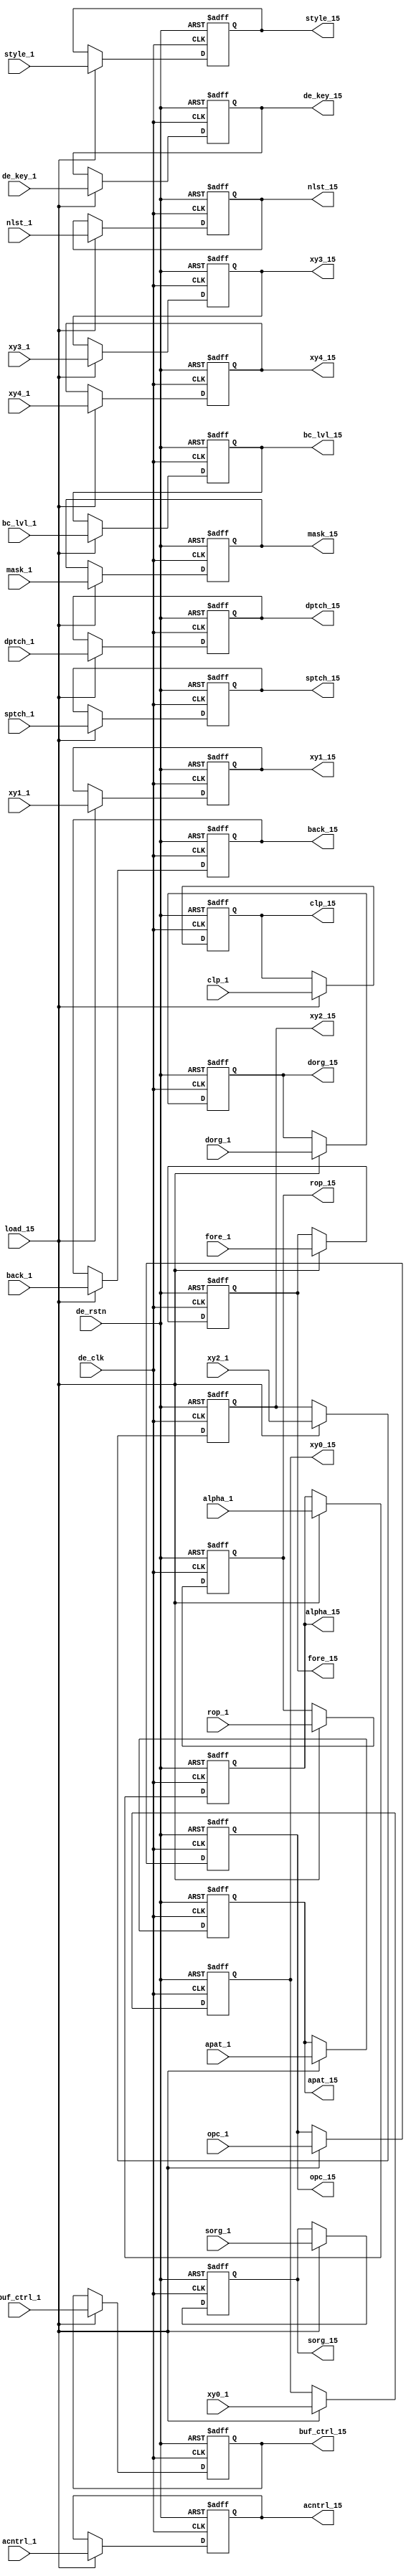
module der_reg_15
  (
   input 	     de_clk,      
		     de_rstn,     
   input 	     load_15,     
   input [12:0]      buf_ctrl_1,  
   input [31:0]      sorg_1,      
   input [31:0]      dorg_1,      
   input [11:0]      sptch_1,     
   input [11:0]      dptch_1,     
   input [3:0] 	     opc_1,       
   input [3:0] 	     rop_1,       
   input [4:0] 	     style_1,     
   input 	     nlst_1,      
   input [1:0] 	     apat_1,      
   input [2:0] 	     clp_1,       
   input [31:0]      fore_1,      
   input [31:0]      back_1,      
   input [3:0] 	     mask_1,      
   input [23:0]      de_key_1,    
   input [15:0]      alpha_1,     
   input [17:0]      acntrl_1,    
   input [1:0] 	     bc_lvl_1, 
   input [31:0]      xy0_1, 
   input [31:0]      xy1_1, 
   input [31:0]      xy2_1, 
   input [31:0]      xy3_1, 
   input [31:0]      xy4_1, 
   output reg [12:0] buf_ctrl_15, 
   output reg [31:0] sorg_15,     
   output reg [31:0] dorg_15,     
   output reg [11:0] sptch_15,    
   output reg [11:0] dptch_15,    
   output reg [3:0]  rop_15,      
   output reg [4:0]  style_15,    
   output reg 	     nlst_15,     
   output reg [1:0]  apat_15,     
   output reg [2:0]  clp_15,      
   output reg [31:0] fore_15,     
   output reg [31:0] back_15,     
   output reg [3:0]  mask_15,     
   output reg [23:0] de_key_15,   
   output reg [15:0] alpha_15,    
   output reg [17:0] acntrl_15,   
   output reg [1:0]  bc_lvl_15,
   output reg [3:0]  opc_15,      
   output reg [31:0] xy0_15, 
   output reg [31:0] xy1_15, 
   output reg [31:0] xy2_15, 
   output reg [31:0] xy3_15, 
   output reg [31:0] xy4_15  
   );
  always @(posedge de_clk or negedge de_rstn) begin
    if(!de_rstn) begin
      buf_ctrl_15  <= 13'b0;
      sorg_15      <= 32'b0;
      dorg_15      <= 32'b0;
      rop_15       <= 4'b0;
      style_15     <= 5'b0;
      nlst_15      <= 1'b0;
      apat_15      <= 2'b0;
      clp_15       <= 3'b0;
      bc_lvl_15    <= 2'b0;
      sptch_15     <= 12'b0;
      dptch_15     <= 12'b0;
      fore_15      <= 32'b0;
      back_15      <= 32'b0;
      mask_15      <= 4'b0;
      de_key_15    <= 24'b0;
      alpha_15     <= 16'b0;
      acntrl_15    <= 18'b0;
      opc_15       <= 4'b0;
      xy0_15	   <= 32'h0;
      xy1_15	   <= 32'h0;
      xy2_15	   <= 32'h0;
      xy3_15	   <= 32'h0;
      xy4_15	   <= 32'h0;
    end else if (load_15) begin
      buf_ctrl_15  <= buf_ctrl_1;
      sorg_15      <= sorg_1;
      dorg_15      <= dorg_1;
      rop_15       <= rop_1;
      style_15     <= style_1;
      nlst_15      <= nlst_1;
      apat_15      <= apat_1;
      clp_15       <= clp_1;
      bc_lvl_15    <= bc_lvl_1;
      sptch_15     <= sptch_1;
      dptch_15     <= dptch_1;
      fore_15      <= fore_1; 
      back_15      <= back_1;
      mask_15      <= mask_1;
      de_key_15    <= de_key_1;
      alpha_15     <= alpha_1;
      acntrl_15    <= acntrl_1;
      opc_15       <= opc_1;
      xy0_15	   <= xy0_1;  
      xy1_15	   <= xy1_1;  
      xy2_15	   <= xy2_1;  
      xy3_15	   <= xy3_1;  
      xy4_15	   <= xy4_1; 
    end
  end
endmodule